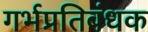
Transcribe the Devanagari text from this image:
गर्भप्रतिबंधक